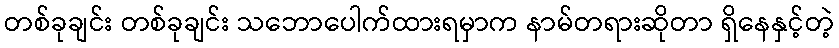
တစ်ခုချင်း တစ်ခုချင်း သဘောပေါက်ထားရမှာက နာမ်တရားဆိုတာ ရှိနေနှင့်တဲ့